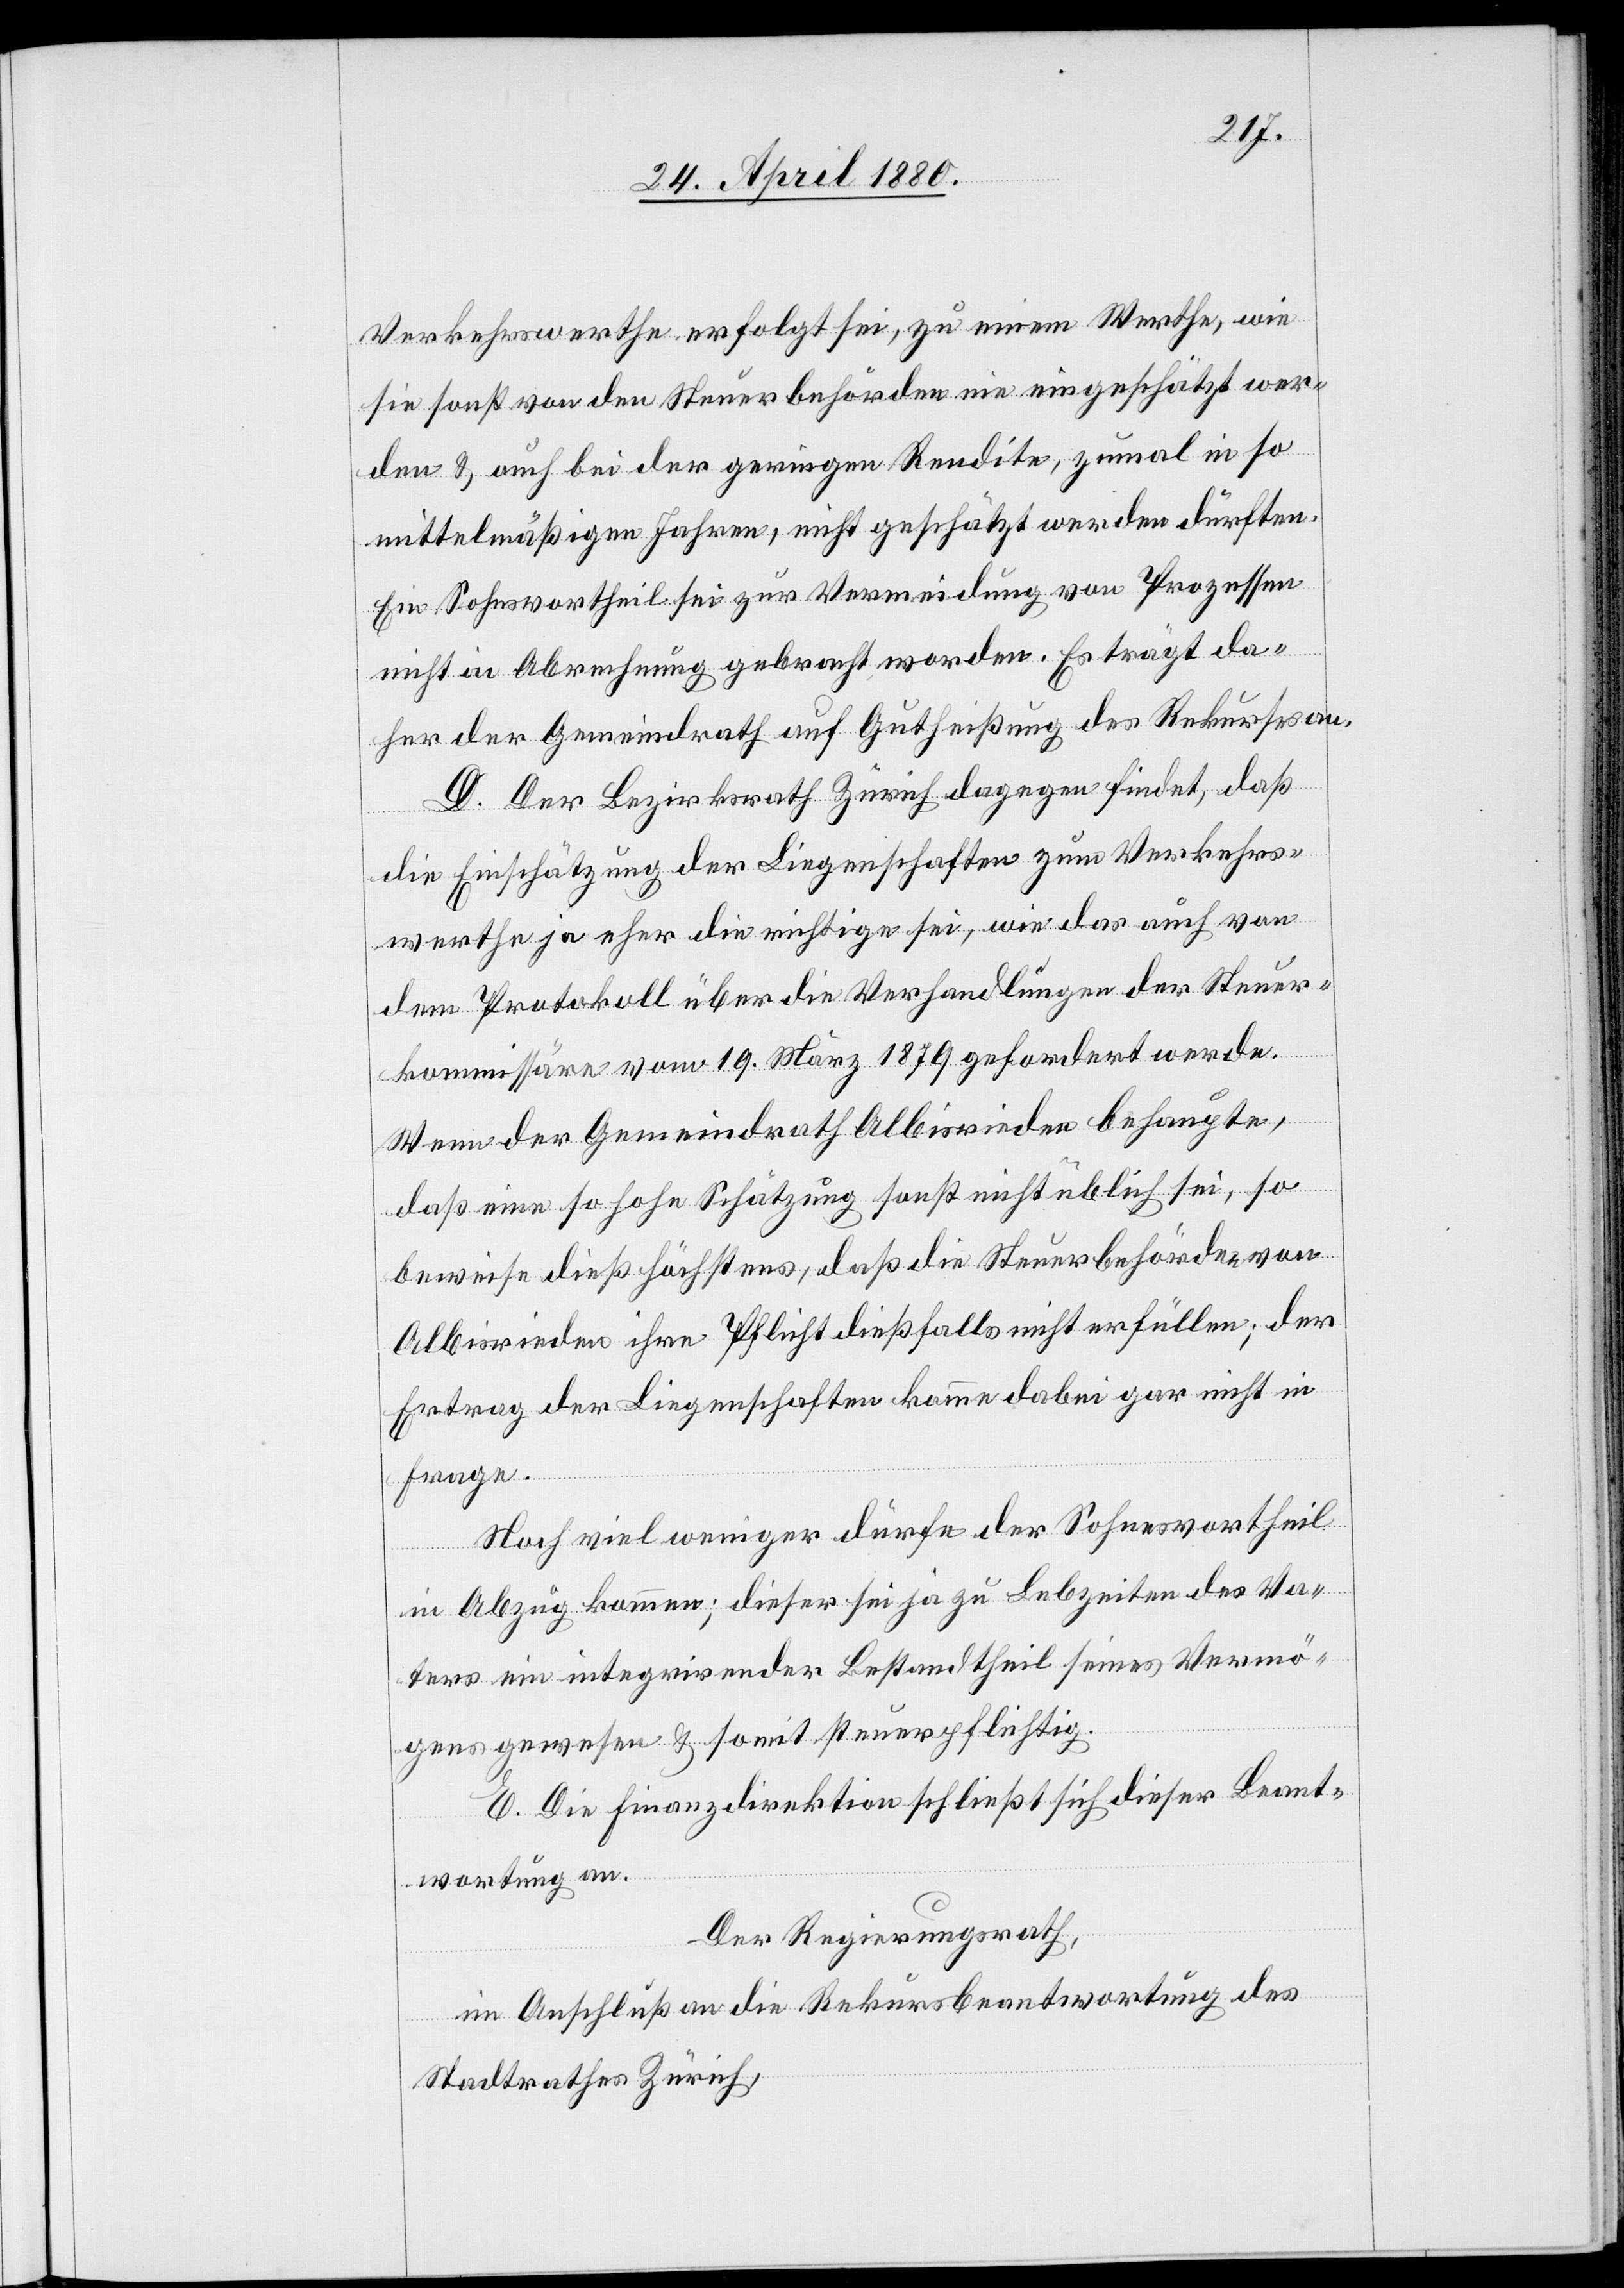
Verkehrswerthe erfolgt sei, zu einem Werthe, wie
sie sonst von den Steuerbehörden nie eingeschätzt wer¬
den & auch bei der geringen Rendite, zumal in so
mittelmäßigen Jahren, nicht geschätzt werden dürften.
Ein Sohnesvortheil sei zur Vermeidung von Prozessen
nicht in Abrechnung gebracht worden. Es trägt da¬
her der Gemeindrath auf Gutheißung des Rekurses an.
D. Der Bezirksrath Zürich dagegen findet, daß
die Einschätzung der Liegenschaften zum Verkehrs¬
werthe eher die richtige sei, wie das auch von
dem Protokoll über die Verhandlungen der Steuer¬
kommissäre vom 19. März 1879 gefordert werde.
Wenn der Gemeindrath Albisrieden behaupte,
daß eine so hohe Schätzung sonst nicht üblich sei, so
beweise dieß höchstens, daß die Steuerbehörden von
Albisrieden ihre Pflicht dießfalls nicht erfüllen; der
Ertrag der Liegenschaften komme dabei gar nicht in
Frage.
Noch viel weniger dürfe der Sohnesvortheil
in Abzug kommen; dieser sei ja zu Lebzeiten des Va¬
ters ein integrirender Bestandtheil seines Vermö¬
gens gewesen & somit steuerpflichtig.
E. Die Finanzdirektion schließt sich dieser Beant¬
wortung an.
Der Regierungsrath,
im Anschluß an die Rekursbeantwortung des
Stadtrathes Zürich,